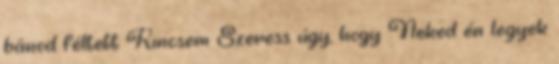
bánod féltett Kincsem Szeress úgy, hogy Neked én legyek